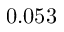
0 . 0 5 3